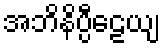
အဘိနိပ္ပီဠေယျ